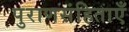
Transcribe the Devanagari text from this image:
पुराणसंहिताएँ